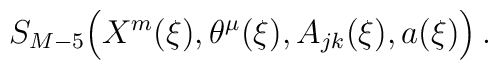
S_{M-5} \Bigl (X^m (\xi), \theta^\mu(\xi), A_{jk} (\xi) , a (\xi) \Bigr )\, .